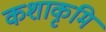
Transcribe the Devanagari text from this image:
कशाकृमि